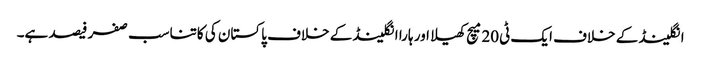
انگلینڈ کے خلاف ایک ٹی20میچ کھیلا اور ہارا انگلینڈ کے خلاف پاکستان کی کاتناسب صفر فیصد ہے۔